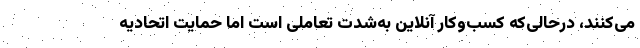
می‌کنند، درحالی‌که کسب‌وکار آنلاین به‌شدت تعاملی است اما حمایت اتحادیه